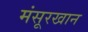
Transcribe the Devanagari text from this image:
मंसूरखान